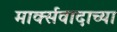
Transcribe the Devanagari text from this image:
मार्क्सवादाच्या